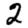
Digit: 2